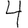
Digit: 4